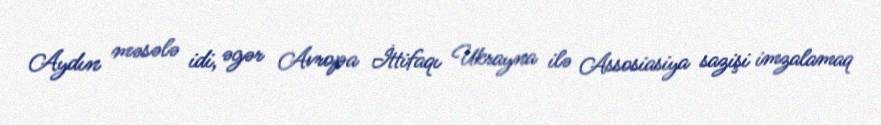
Aydın məsələ idi, əgər Avropa İttifaqı Ukrayna ilə Assosiasiya sazişi imzalamaq